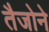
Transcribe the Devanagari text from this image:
तैजोने